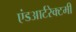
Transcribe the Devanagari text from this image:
एंडआर्टरेक्टमी